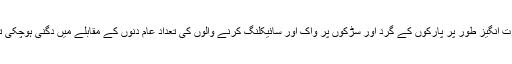
حیرت انگیز طور پر پارکوں کے گرد اور سڑکوں پر واک اور سائیکلنگ کرنے والوں کی تعداد عام دنوں کے مقابلے میں دُگنی ہوچکی تھی۔